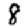
Digit: 8